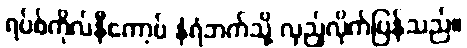
ရပ်စ်ကိုလ်နီကော့ဗ် နံရံဘက်သို့ လှည့်လိုက်ပြန်သည်။